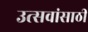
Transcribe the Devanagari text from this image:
उत्सवांसाठी